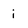
Character: i